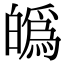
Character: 𤾡